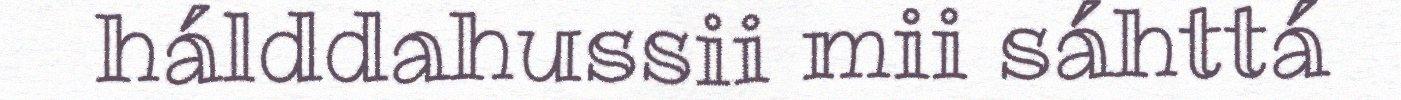
hálddahussii mii sáhttá